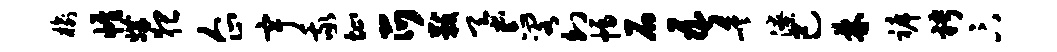
榆帷媾猥企宇我址爪黻蚕忘阁幻幅石吾嵯潦己林裤聘卞